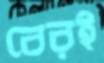
বেরই